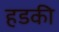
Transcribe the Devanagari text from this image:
हडकी